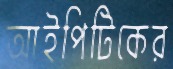
আইপিটিকের